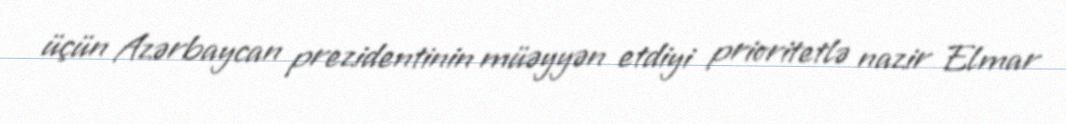
üçün Azərbaycan prezidentinin müəyyən etdiyi prioritetlə nazir Elmar